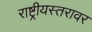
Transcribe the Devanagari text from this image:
राष्ट्रीयस्तरावर